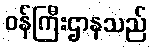
ဝန်ကြီးဌာနသည်